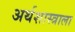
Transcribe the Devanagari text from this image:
अर्थशास्त्राला